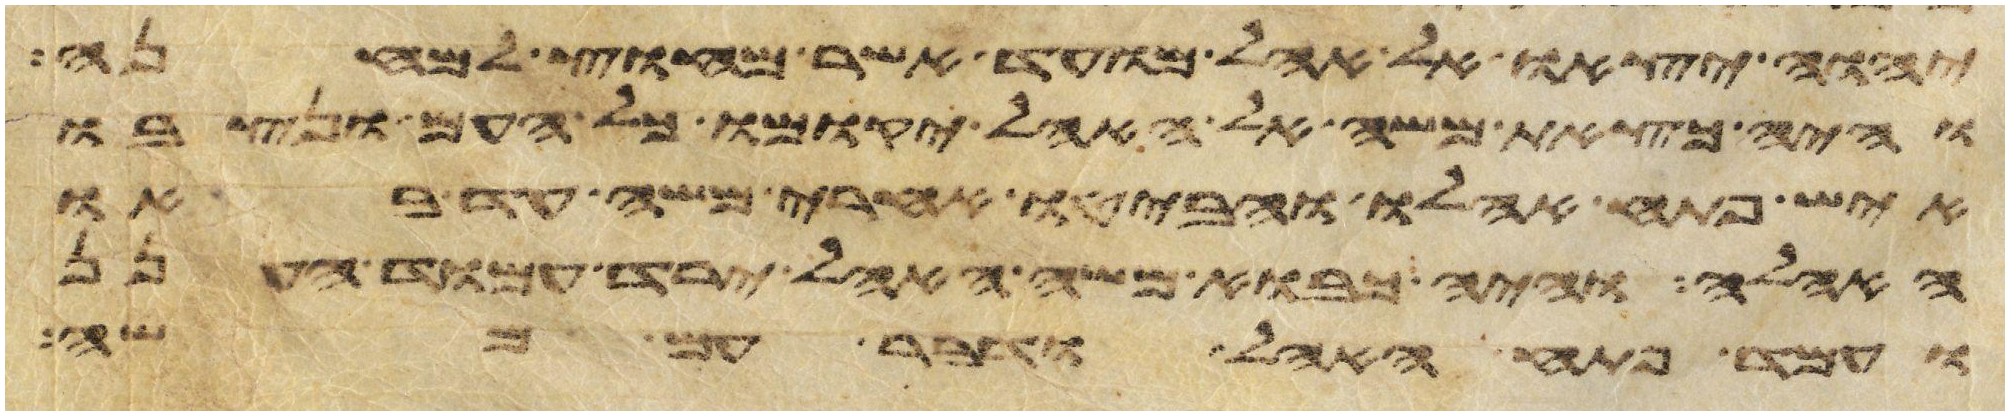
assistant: יהוה יצאו אל אהל מועד אשר מחוץ למחנה
והיה כצאת משה אל האהל יקומו כל העם ונצבו
איש פתח אהלו והביטו אחרי משה עד באו
האהלה והיה כבוא משה האהל ירד עמוד הענן
ועמד פתח האהל ודבר עם משה